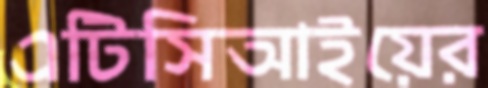
এটিসিআইয়ের